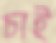
চাই